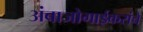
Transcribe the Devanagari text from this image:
अंबाजोगाईकरांचे